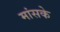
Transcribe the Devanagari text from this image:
मांसके